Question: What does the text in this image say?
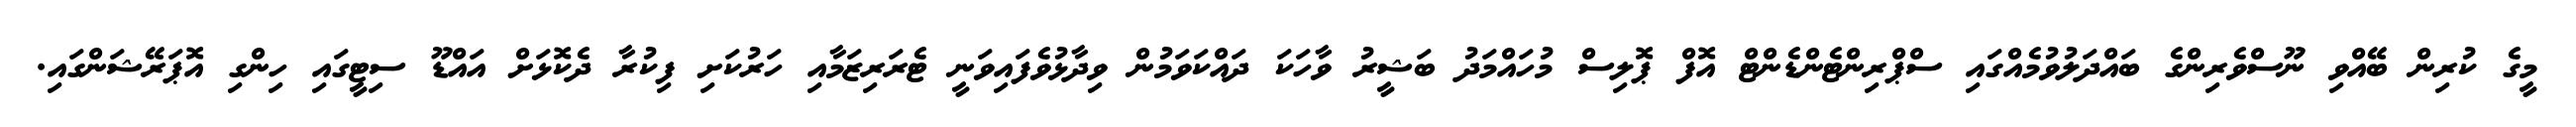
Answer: މީގެ ކުރިން ބޭއްވި ނޫސްވެރިންގެ ބައްދަލުވުމެއްގައި ސްޕްރިންޓެންޑެންޓް އޮފް ޕޮލިސް މުހައްމަދު ބަޝީރު ވާހަކަ ދައްކަވަމުން ވިދާޅުވެފައިވަނީ ޓެރަރިޒަމާއި ހަރުކަށި ފިކުރާ ދެކޮޅަށް އައްޑޫ ސިޓީގައި ހިންގި އޮޕަރޭޝަންގައި.